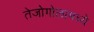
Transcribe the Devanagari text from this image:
तेजोगोलामध्ये